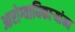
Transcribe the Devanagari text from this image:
आरोग्याधिकाऱ्यांना